Annual administration report of the Civil Veterinary Department, Sind - 1939-1940
Year: 1939
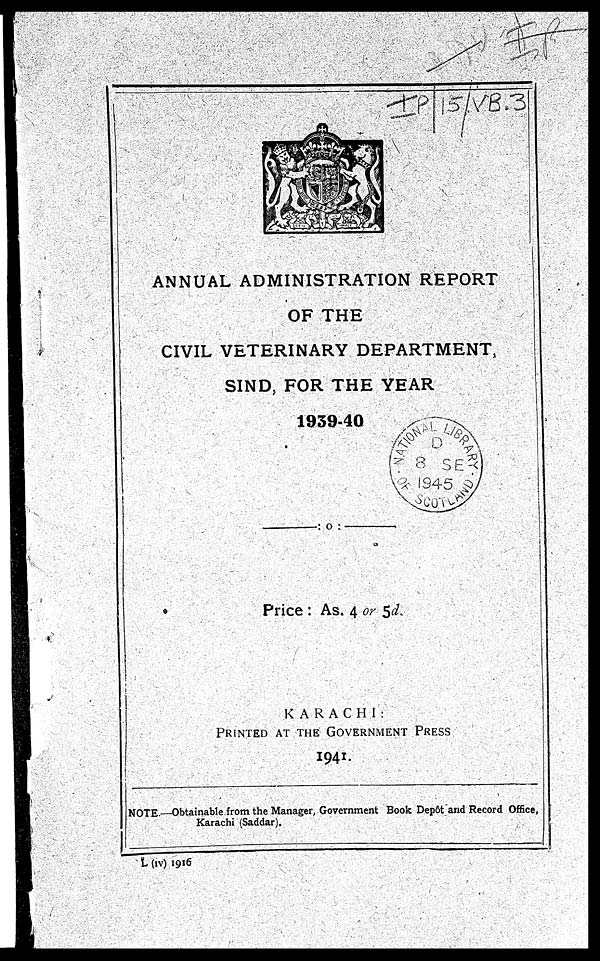
ANNUAL ADMINISTRATION REPORT
OF THE
CIVIL VETERINARY DEPARTMENT,
SIND FOR THE YEAR
1939-40
Price : As. 4 or 5d.
KARACHI :
PRINTED AT THE GOVERNMENT PRESS
1941.
NOTE.—Obtainable from the Manager, Government Book Depot and Record Office,
Karachi (Saddar).
L (IV) 1916